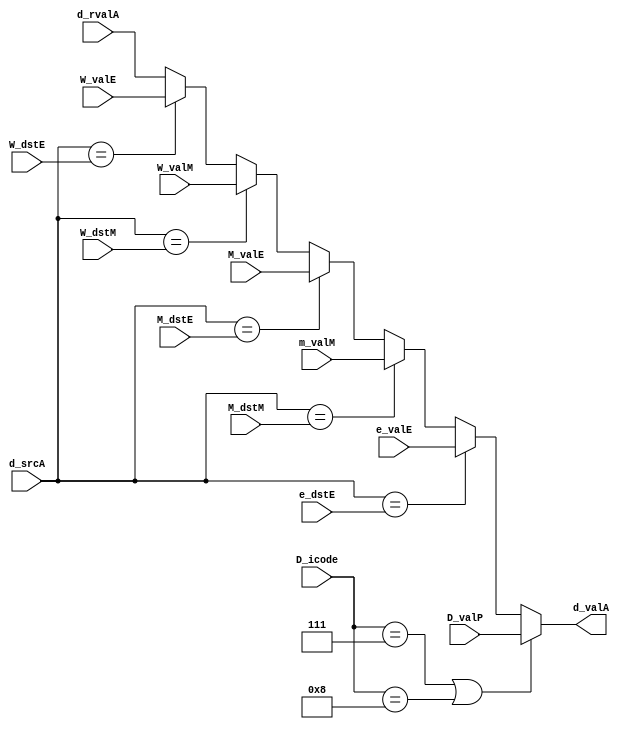
module fwd_selA(
    output reg [63:0]d_valA,
    input [3:0]D_icode,
    input [63:0]D_valP,
    input [63:0]d_rvalA,
    input [3:0]d_srcA,
    input [63:0]W_valE,
    input [3:0]W_dstE,
    input [63:0]W_valM,
    input [3:0]W_dstM,
    input [63:0]m_valM,
    input [3:0]M_dstM,
    input [63:0]M_valE,
    input [3:0]M_dstE,
    input [63:0]e_valE,
    input [3:0]e_dstE
);

    always @*
    begin
        
        if((D_icode==4'd7)||(D_icode==4'd8))
        begin
            d_valA<=D_valP;
        end
        else if(d_srcA == e_dstE)
        begin
            d_valA<=e_valE;
        end 
        else if(d_srcA == M_dstM)
        begin
            d_valA<=m_valM;
        end
        else if(d_srcA == M_dstE)
        begin
            d_valA<=M_valE;
        end
        else if(d_srcA == W_dstM)
        begin
            d_valA<=W_valM;
        end        
        else if(d_srcA == W_dstE)
        begin
            d_valA<=W_valE;
        end  
        else
        begin
            d_valA<=d_rvalA;
        end    
    end
endmodule